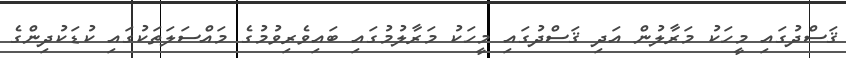
ޤަސްދުގައި މީހަކު މަރާލުން އަދި ޤަސްދުގައި މީހަކު މަރާލުމުގައި ބައިވެރިވުމުގެ މައްސަލަތަކުގައި ކުޑަކުދިންގެ